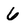
Character: 6